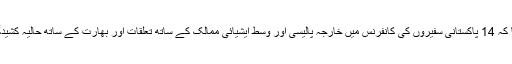
دفترخارجہ نے کہا کہ 14 پاکستانی سفیروں کی کانفرنس میں خارجہ پالیسی اور وسط ایشیائی ممالک کے ساتھ تعلقات اور بھارت کے ساتھ حالیہ کشیدگی پر غور کیا گیا۔